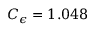
C _ { \epsilon } = 1 . 0 4 8